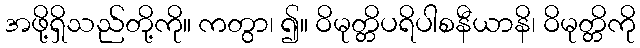
အဖို့ရှိသည်တို့ကို။ ကတွာ၊ ၍။ ဝိမုတ္တိပရိပါစနီယာနိ၊ ဝိမုတ္တိကို